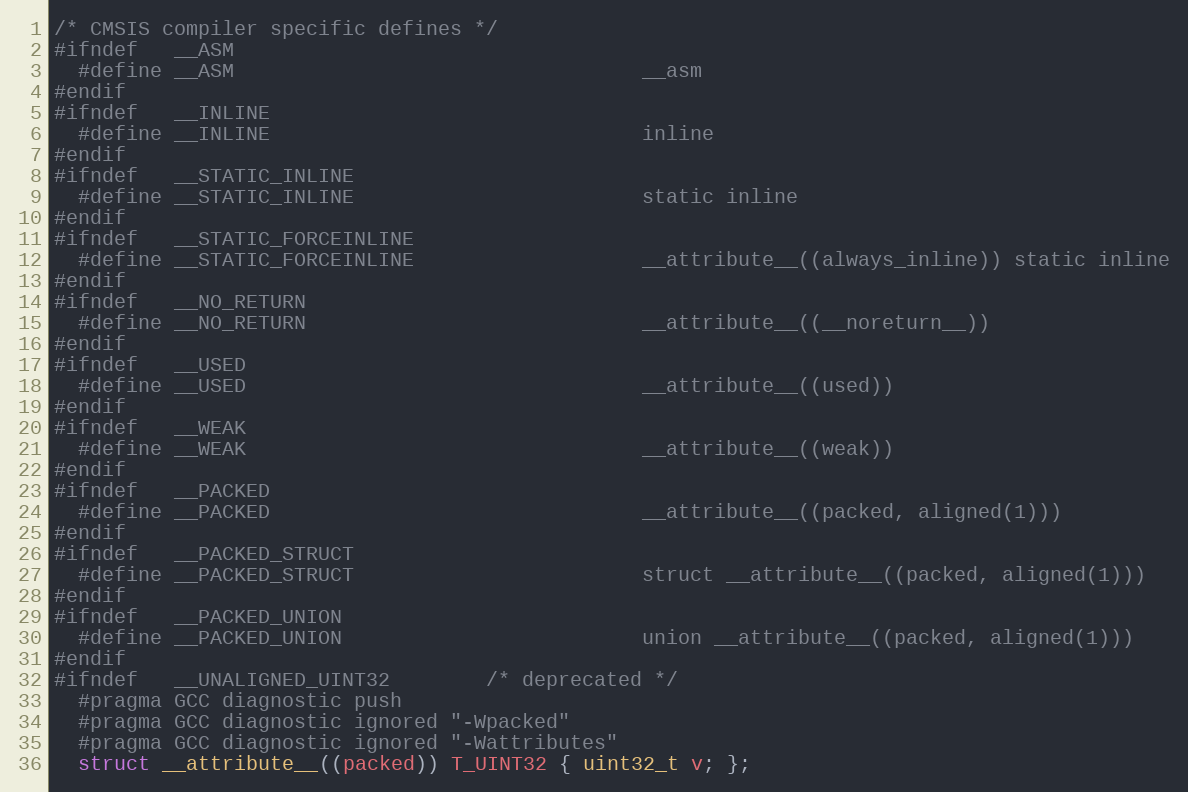
Language: C
/* CMSIS compiler specific defines */
#ifndef   __ASM
  #define __ASM                                  __asm
#endif
#ifndef   __INLINE
  #define __INLINE                               inline
#endif
#ifndef   __STATIC_INLINE
  #define __STATIC_INLINE                        static inline
#endif
#ifndef   __STATIC_FORCEINLINE
  #define __STATIC_FORCEINLINE                   __attribute__((always_inline)) static inline
#endif
#ifndef   __NO_RETURN
  #define __NO_RETURN                            __attribute__((__noreturn__))
#endif
#ifndef   __USED
  #define __USED                                 __attribute__((used))
#endif
#ifndef   __WEAK
  #define __WEAK                                 __attribute__((weak))
#endif
#ifndef   __PACKED
  #define __PACKED                               __attribute__((packed, aligned(1)))
#endif
#ifndef   __PACKED_STRUCT
  #define __PACKED_STRUCT                        struct __attribute__((packed, aligned(1)))
#endif
#ifndef   __PACKED_UNION
  #define __PACKED_UNION                         union __attribute__((packed, aligned(1)))
#endif
#ifndef   __UNALIGNED_UINT32        /* deprecated */
  #pragma GCC diagnostic push
  #pragma GCC diagnostic ignored "-Wpacked"
  #pragma GCC diagnostic ignored "-Wattributes"
  struct __attribute__((packed)) T_UINT32 { uint32_t v; };